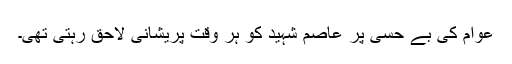
عوام کی بے حسی پر عاصم شہید کو ہر وقت پریشانی لاحق رہتی تھی۔